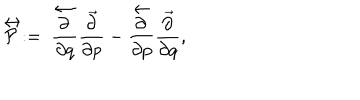
LaTeX: \stackrel { \leftrightarrow } { \cal P } : = \ \frac { \stackrel { \leftarrow } { \partial } } { \partial q } \frac { \vec { \partial } } { \partial p } - \frac { \stackrel { \leftarrow } { \partial } } { \partial p } \frac { \vec { \partial } } { \partial q } ,